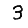
Digit: 3